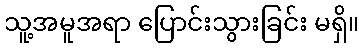
သူ့အမူအရာ ပြောင်းသွားခြင်း မရှိ။